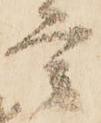
言